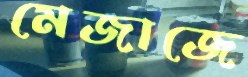
মেজাজে